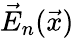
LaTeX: \vec{E}_{n}(\vec{x})